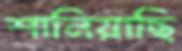
শানিয়াছি